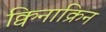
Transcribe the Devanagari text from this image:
क्विनाक्रिन